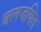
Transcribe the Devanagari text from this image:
बलजफ्ति